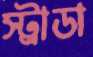
স্ট্রাডা